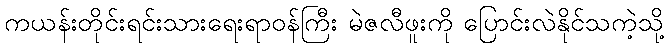
ကယန်းတိုင်းရင်းသားရေးရာဝန်ကြီး မဲဇလီဖူးကို ပြောင်းလဲနိုင်သကဲ့သို့